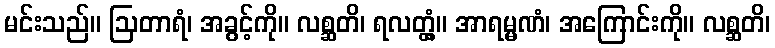
မင်းသည်။ ဩတာရံ၊ အခွင့်ကို။ လစ္ဆတိ၊ ရလတ္တံ့။ အာရမ္မဏံ၊ အကြောင်းကို။ လစ္ဆတိ၊